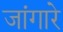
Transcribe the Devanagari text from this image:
जांगारे